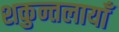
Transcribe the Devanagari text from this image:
शकुन्तलायाँ